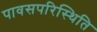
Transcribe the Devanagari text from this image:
पावसपरिस्थिति